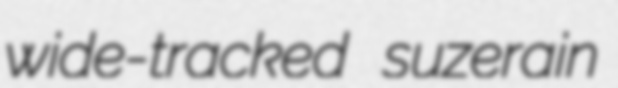
wide-tracked suzerain